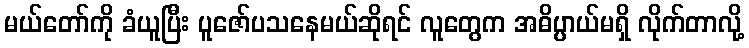
မယ်တော်ကို ခံယူပြီး ပူဇော်ပသနေမယ်ဆိုရင် လူတွေက အဓိပ္ပာယ်မရှိ လိုက်တာလို့